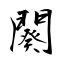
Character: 闋